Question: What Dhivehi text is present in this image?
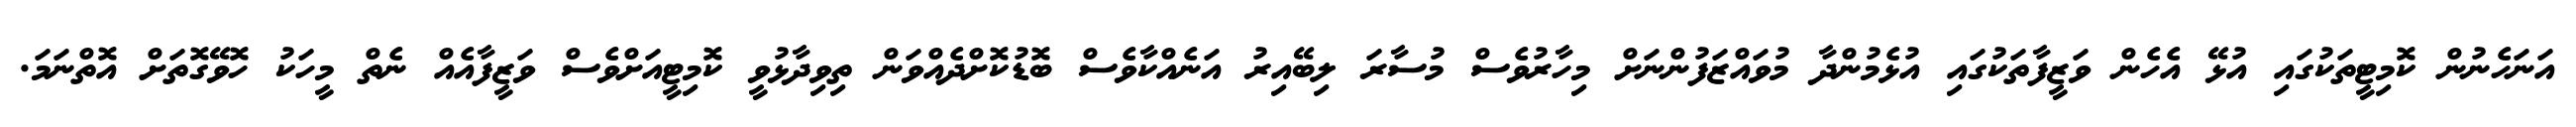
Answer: އަނަހެނުން ކޮމިޓީތަކުގައި އުޅޭ އެހެން ވަޒީފާތަކުގައި އުޅެމުންދާ މުވައްޒަފުންނަށް މިހާރުވެސް މުސާރަ ލިބޭއިރު އަނެއްކާވެސް ބޮޑުކޮށްދެއްވަން ތިވިދާޅުވީ ކޮމިޓީއަށްވެސް ވަޒީފާއެއް ނެތް މީހަކު ހޮވޭގޮތަށް އޮތްނަމަ.